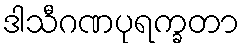
ဒါသီဂဏပုရက္ခတာ